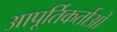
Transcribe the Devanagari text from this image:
आपूर्तिकर्ताओ